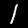
Digit: 1